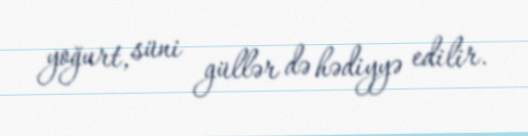
yoğurt, süni güllər də hədiyyə edilir.